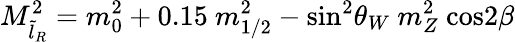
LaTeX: M_{\tilde{l}_{R}}^{2}=m_{0}^{2}+0.15\ m_{1/2}^{2}-\mathrm{sin}^{2}\theta_{W}\ m_{Z}^{2}\ \mathrm{cos}2\beta